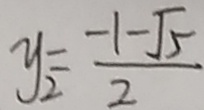
y _ { 2 } = \frac { - 1 - \sqrt { 5 } } { 2 }